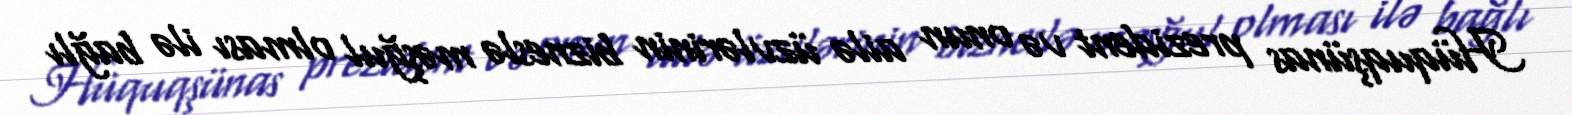
Hüquqşünas prezident və onun ailə üzvlərinin bizneslə məşğul olması ilə bağlı